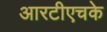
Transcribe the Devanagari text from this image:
आरटीएचके